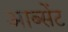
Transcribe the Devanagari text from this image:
आब्सेंट